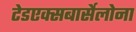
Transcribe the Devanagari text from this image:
टेडएक्सबार्सेलोना